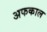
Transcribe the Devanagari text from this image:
अफकाल